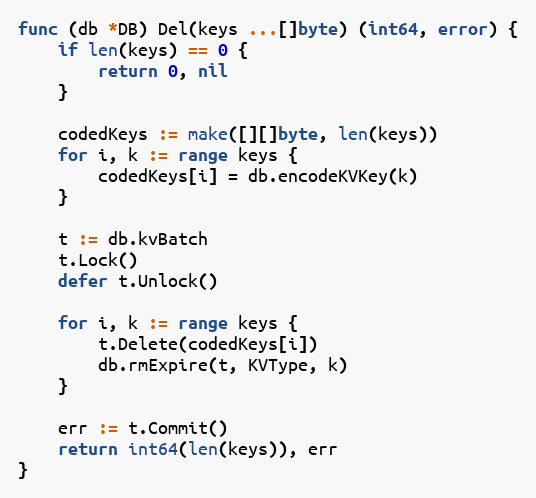
Language: Go
func (db *DB) Del(keys ...[]byte) (int64, error) {
	if len(keys) == 0 {
		return 0, nil
	}

	codedKeys := make([][]byte, len(keys))
	for i, k := range keys {
		codedKeys[i] = db.encodeKVKey(k)
	}

	t := db.kvBatch
	t.Lock()
	defer t.Unlock()

	for i, k := range keys {
		t.Delete(codedKeys[i])
		db.rmExpire(t, KVType, k)
	}

	err := t.Commit()
	return int64(len(keys)), err
}